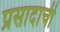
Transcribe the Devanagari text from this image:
प्रसादाची